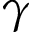
\gamma